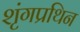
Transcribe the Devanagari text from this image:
शृंगप्रथिन